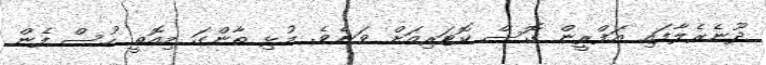
ދޫނެރެލާފައި އަފްރީން ގޮސް ކޮޓަރިއަށް ވަނެވެ. މުޅި ތާންގަ މިއޮތީ ހުސް ފެން